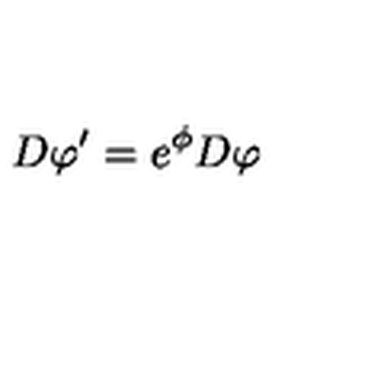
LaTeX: D \varphi ^ { \prime } = e ^ { \phi } D \varphi